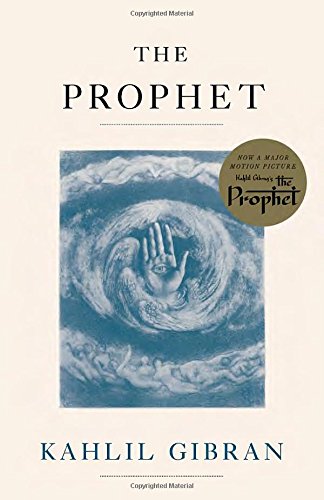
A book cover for The Prophet (Vintage International); Kahlil Gibran; Politics & Social Sciences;